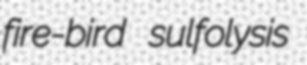
fire-bird sulfolysis